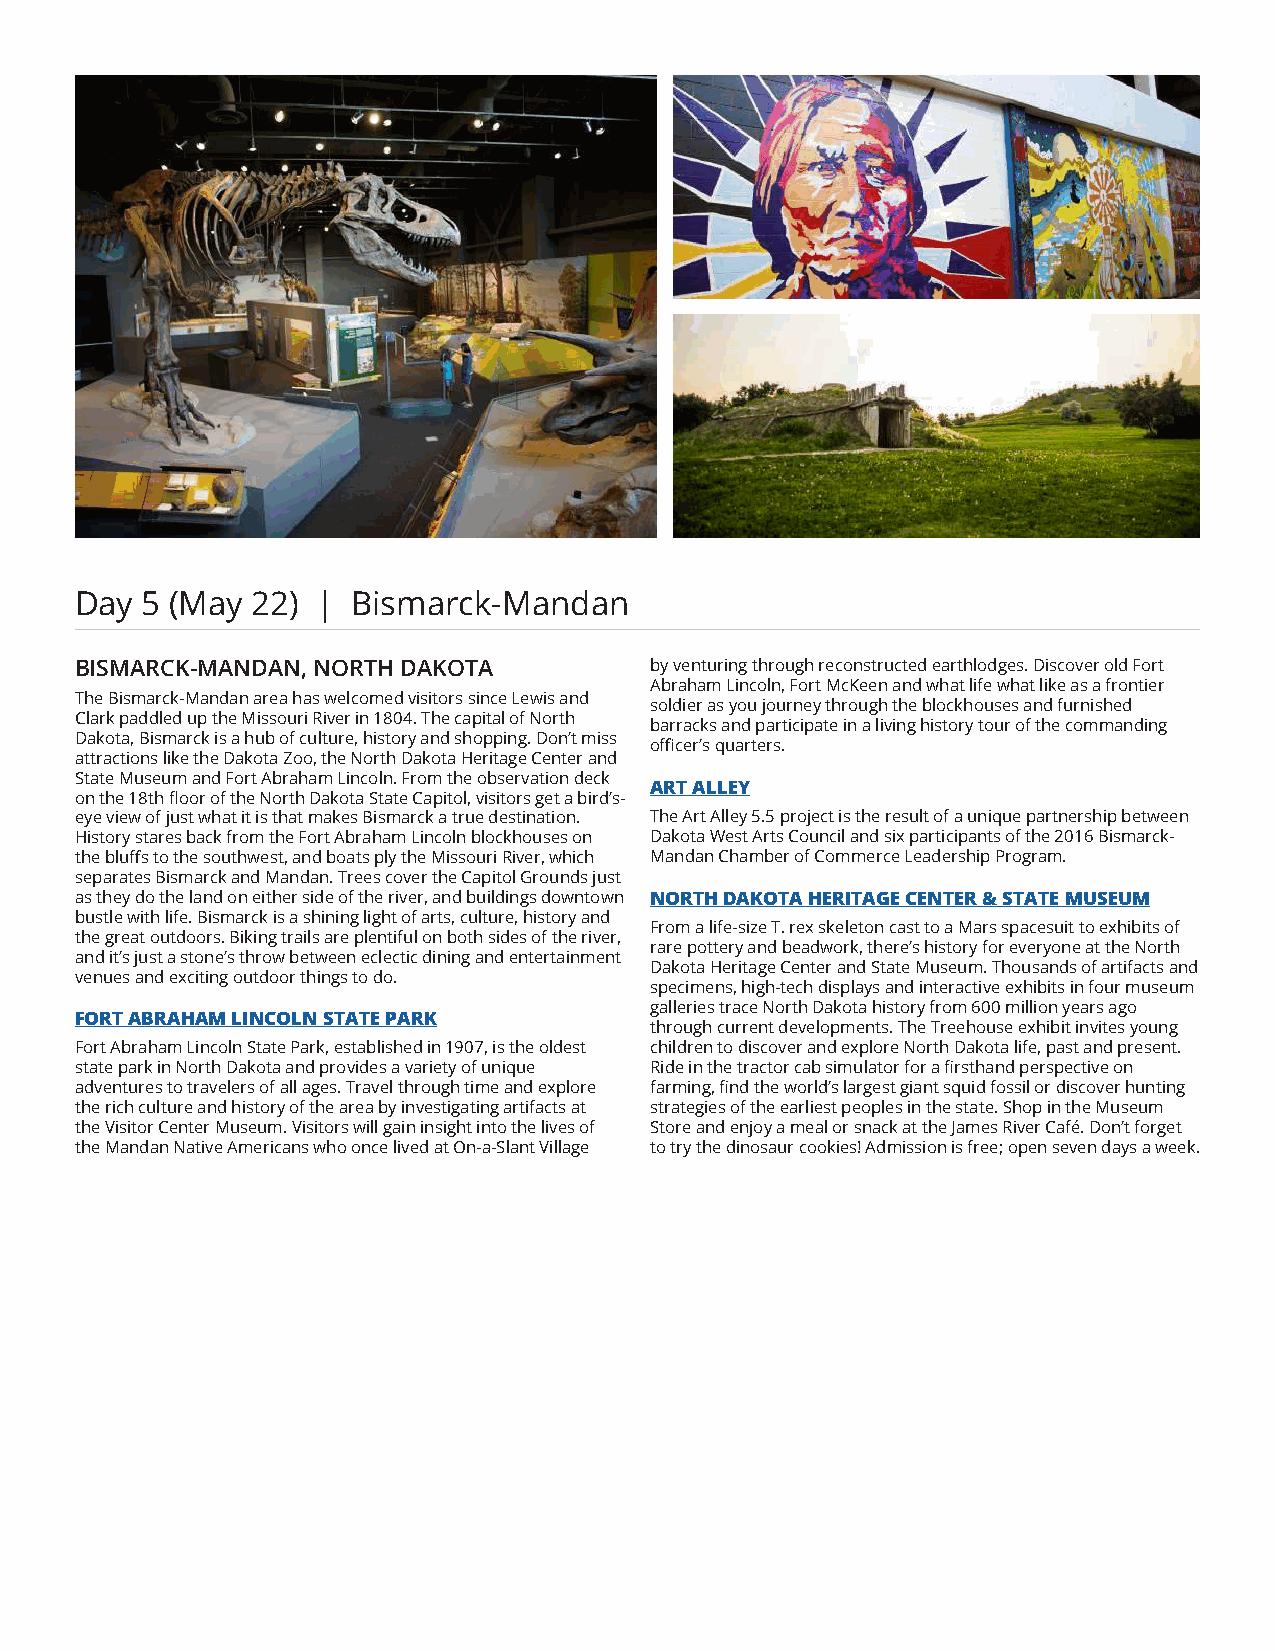
Day 5 (May  22) | Bismarck-Mandan
 BISMARCK-MANDAN, NORTH DAKOTA         by venturing through reconstructed earthlodges. Discover old Fort
 Abraham Lincoln, Fort McKeen and what life what like as a frontier
 The Bismarck-Mandan area has welcomed visitors since Lewis and
 soldier as you journey through the blockhouses and furnished
 Clark paddled up the Missouri River in 1804. The capital of North
 barracks and participate in a living history tour of the commanding
 Dakota, Bismarck is a hub of culture, history and shopping. Don’t miss
 officer’s quarters.
 attractions like the Dakota Zoo, the North Dakota Heritage Center and
 State Museum and Fort Abraham Lincoln. From the observation deck
 ART ALLEY
 on the 18th floor of the North Dakota State Capitol, visitors get a bird’s-
 eye view of just what it is that makes Bismarck a true destination. The Art Alley 5.5 project is the result of a unique partnership between
 History stares back from the Fort Abraham Lincoln blockhouses on Dakota West Arts Council and six participants of the 2016 Bismarck-
 the bluffs to the southwest, and boats ply the Missouri River, which Mandan Chamber of Commerce Leadership Program.
 separates Bismarck and Mandan. Trees cover the Capitol Grounds just
 as they do the land on either side of the river, and buildings downtown NORTH DAKOTA HERITAGE CENTER & STATE MUSEUM
 bustle with life. Bismarck is a shining light of arts, culture, history and
 From a life-size T. rex skeleton cast to a Mars spacesuit to exhibits of
 the great outdoors. Biking trails are plentiful on both sides of the river,
 rare pottery and beadwork, there’s history for everyone at the North
 and it’s just a stone’s throw between eclectic dining and entertainment
 Dakota Heritage Center and State Museum. Thousands of artifacts and
 venues and exciting outdoor things to do.
 specimens, high-tech displays and interactive exhibits in four museum
 galleries trace North Dakota history from 600 million years ago
 FORT ABRAHAM LINCOLN STATE PARK
 through current developments. The Treehouse exhibit invites young
 Fort Abraham Lincoln State Park, established in 1907, is the oldest children to discover and explore North Dakota life, past and present.
 state park in North Dakota and provides a variety of unique Ride in the tractor cab simulator for a firsthand perspective on
 adventures to travelers of all ages. Travel through time and explore farming, find the world’s largest giant squid fossil or discover hunting
 the rich culture and history of the area by investigating artifacts at strategies of the earliest peoples in the state. Shop in the Museum
 the Visitor Center Museum. Visitors will gain insight into the lives of Store and enjoy a meal or snack at the James River Café. Don’t forget
 the Mandan Native Americans who once lived at On-a-Slant Village to try the dinosaur cookies! Admission is free; open seven days a week.